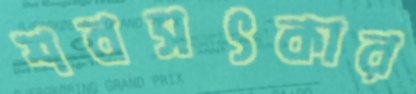
শবসৎকার